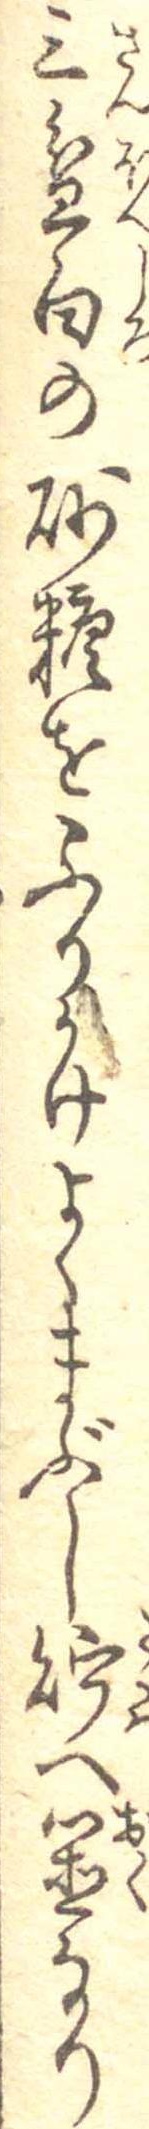
三盆白の砂糖をふりかけよくまぶし貯へ置なり